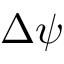
\Delta \psi